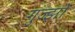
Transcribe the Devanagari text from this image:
गुज्झों